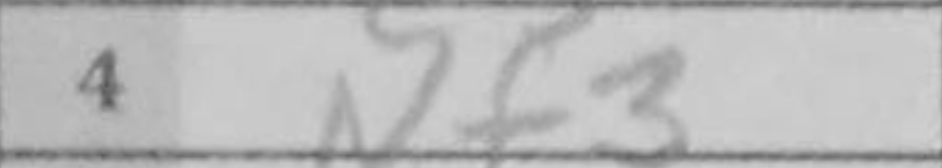
Transcription: Nf3